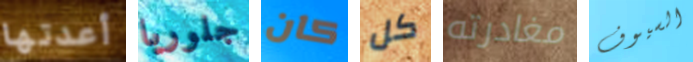
أعدتها جلوريا كان كل مغادرته السيوف